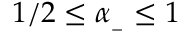
1 / 2 \le \alpha _ { _ - } \le 1